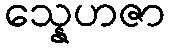
သ္နေဟဇာ